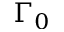
\Gamma _ { 0 }